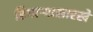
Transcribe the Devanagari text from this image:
ढिगाऱ्यासारखे